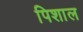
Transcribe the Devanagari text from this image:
पिशाल